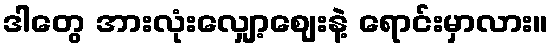
ဒါတွေ အားလုံးလျှော့ဈေးနဲ့ ရောင်းမှာလား။